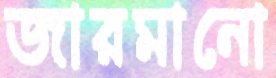
জারমানো